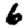
Digit: 6